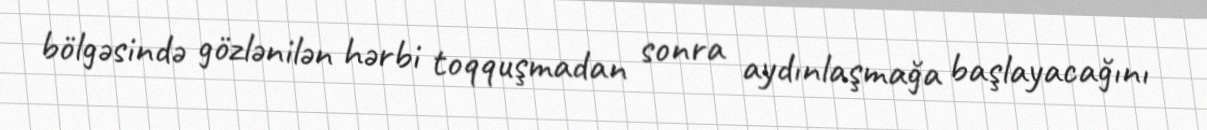
bölgəsində gözlənilən hərbi toqquşmadan sonra aydınlaşmağa başlayacağını